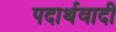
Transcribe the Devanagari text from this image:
पदार्थवादी